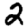
Digit: 2